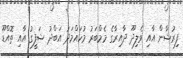
ފިރުޝާން އާއި ވެލިދޫ ދާއިރާގެ މެމްބަރު މުހައްމަދު އަބްދު ޝަފީގު އާއި ތޮއްޑޫ